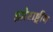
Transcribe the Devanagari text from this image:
झोराष्ट्रीय